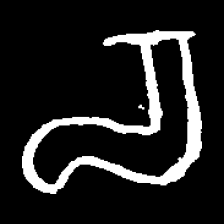
Pyu character \u2014 Myanmar letter: စ (romanized: ca)